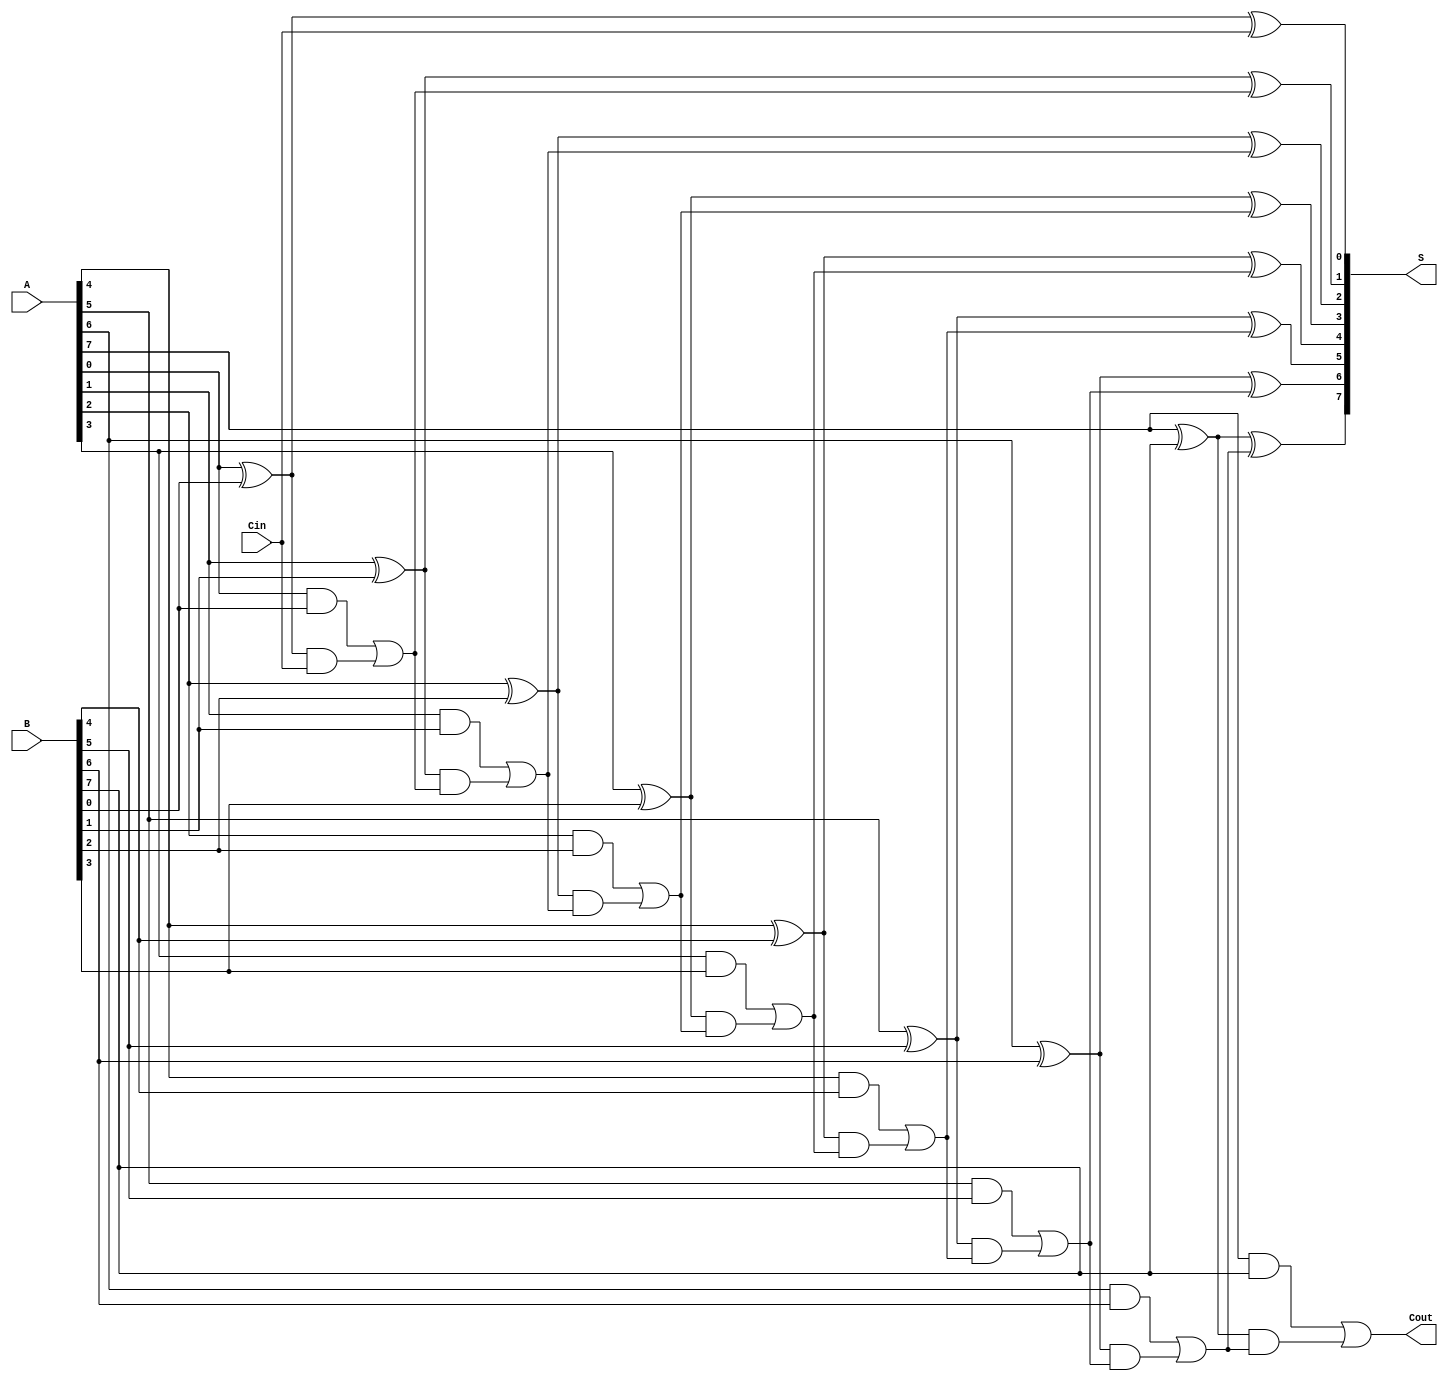
module Parallel_Prefix_Adder #(
    parameter N = 8  // Parameter for bit width
) (
    input [N-1:0] A,      // First operand
    input [N-1:0] B,      // Second operand
    input Cin,            // Carry-in
    output [N-1:0] S,     // Sum output
    output Cout           // Carry-out
);

    // Generate and Propagate Signals
    wire [N-1:0] G; // Generate signals
    wire [N-1:0] P; // Propagate signals
    wire [N-1:0] C; // Carry signals

    // Generate and Propagate Calculation
    generate
        genvar i;
        for (i = 0; i < N; i = i + 1) begin : GP_calculation
            assign G[i] = A[i] & B[i];  // Generate
            assign P[i] = A[i] ^ B[i];  // Propagate
        end
    endgenerate

    // Carry Computation
    assign C[0] = Cin;  // Carry for the least significant bit
    generate
        for (i = 1; i < N; i = i + 1) begin : Carry_calculation
            assign C[i] = G[i-1] | (P[i-1] & C[i-1]); // Carry propagation
        end
    endgenerate

    // Sum Calculation
    generate
        for (i = 0; i < N; i = i + 1) begin : Sum_calculation
            assign S[i] = P[i] ^ C[i];  // Sum
        end
    endgenerate

    // Carry-out
    assign Cout = G[N-1] | (P[N-1] & C[N-1]);

endmodule